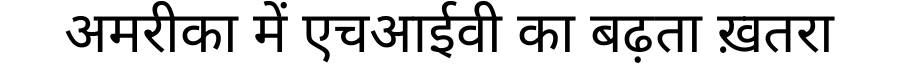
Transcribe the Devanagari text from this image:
अमरीका में एचआईवी का बढ़ता ख़तरा